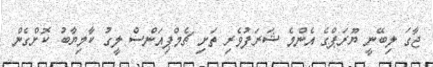
ޖާގަ ލިބޭނީ ޔޫރަޕްގެ އެންމެ ޝަރަފުވެރި ތަށި ޗެމްޕިއަންސް ލީގު ކާމިޔާބު ކޮށްގެން